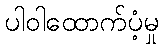
ပါဝါထောက်ပံ့မှု